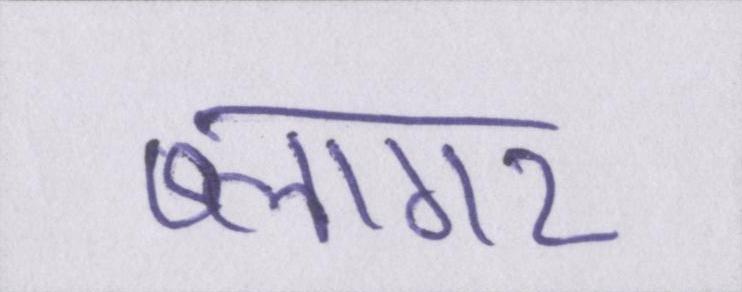
ब्लागर